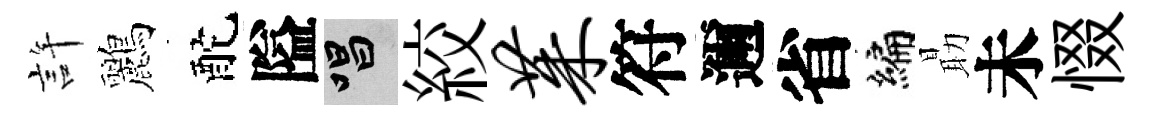
許鸝酡隘唱絞茱符邇省编朂未惙